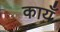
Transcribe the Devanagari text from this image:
कायँ